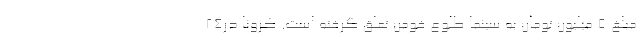
مبلغ ۵ میلیون تومان به سینما طلوع فومن تعلق گرفته است. کرونا در۲۴